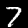
Label: 7